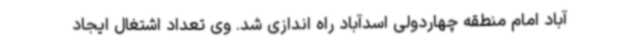
آباد امام منطقه چهاردولی اسدآباد راه اندازی شد. وی تعداد اشتغال ایجاد